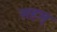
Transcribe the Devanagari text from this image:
सहस्